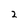
Character: 2